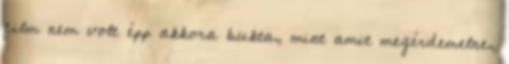
film nem volt épp akkora bukta, mint amit megérdemelne,